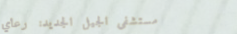
مستشفى الجيل الجديد: رعاي